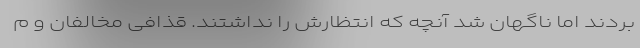
بردند اما ناگهان شد آنچه که انتظارش را نداشتند. قذافی مخالفان و م